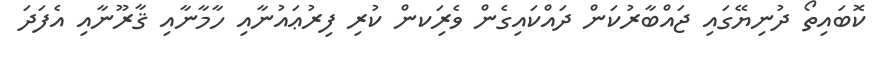
ކޮބައިތޯ ދުނިޔޭގައި ޖައްބާރުކަން ދައްކައިގެން ވެރިަކން ކުރި ފިރުޢައުނާއި ހާމާނާއި ޤާރޫނާއި އެފަދަ